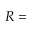
R =